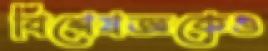
বিশেষজ্ঞকেও